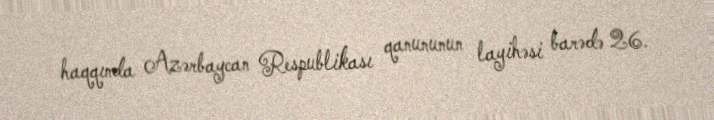
haqqında Azərbaycan Respublikası qanununun layihəsi barədə 26.